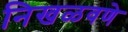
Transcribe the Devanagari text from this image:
निखळवणे